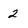
Character: 2